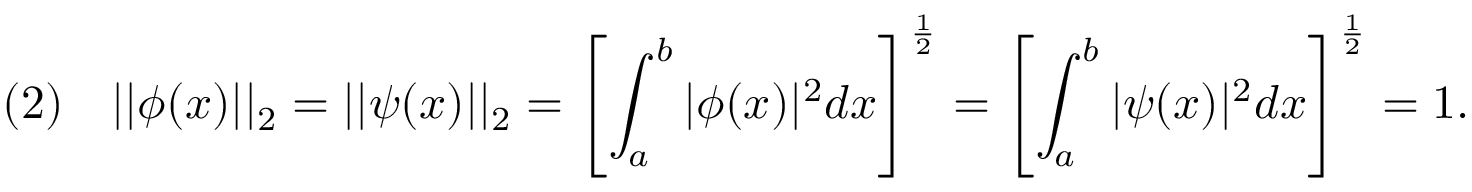
( 2 ) \quad | | \phi ( x ) | | _ { 2 } = | | \psi ( x ) | | _ { 2 } = \left[ \int _ { a } ^ { b } | \phi ( x ) | ^ { 2 } d x \right] ^ { \frac { 1 } { 2 } } = \left[ \int _ { a } ^ { b } | \psi ( x ) | ^ { 2 } d x \right] ^ { \frac { 1 } { 2 } } = 1 .